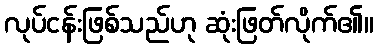
လုပ်ငန်းဖြစ်သည်ဟု ဆုံးဖြတ်လိုက်၏။